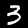
Digit: 3